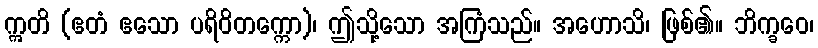
ဣတိ (ဧတံ ဧသော ပရိဝိတက္ကော)၊ ဤသို့သော အကြံသည်။ အဟောသိ၊ ဖြစ်၏။ ဘိက္ခဝေ၊